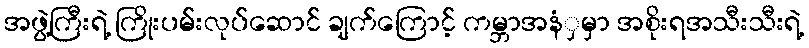
အဖွဲ့ကြီးရဲ့ ကြိုးပမ်းလုပ်ဆောင် ချက်ကြောင့် ကမ္ဘာအနံှမှာ အစိုးရအသီးသီးရဲ့